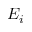
E _ { i }